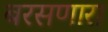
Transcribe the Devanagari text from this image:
बरसणारा